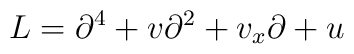
L = \partial^{4} + v \partial^{2} + v_{x}\partial + u